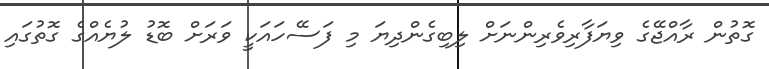
ގޮތުން ރާއްޖޭގެ ވިޔަފާރިވެރިންނަށް ލިބިގެންދިޔަ މި ފަސޭހައަކީ ވަރަށް ބޮޑު ލުޔެއްގެ ގޮތުގައި